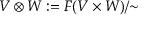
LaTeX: V \otimes W : = F ( V \times W ) / { \sim }